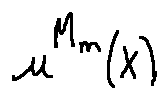
u ^ { M _ { m } } ( X )